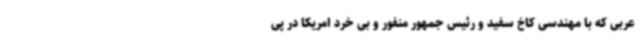
عربی که با مهندسی کاخ سفید و رئیس جمهور منفور و بی خرد امریکا در پی